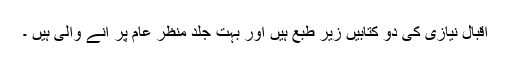
اقبال نیازی کی دو کتابیں زیر طبع ہیں اور بہت جلد منظر عام پر آنے والی ہیں ۔